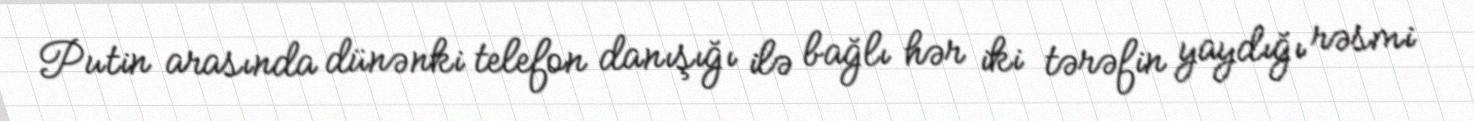
Putin arasında dünənki telefon danışığı ilə bağlı hər iki tərəfin yaydığı rəsmi